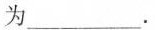
为___。